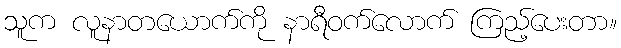
သူက လူနာတယောက်ကို နာရီဝက်လောက် ကြည့်ပေးတာ။